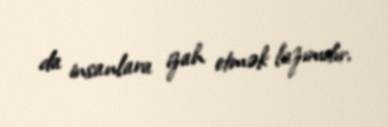
da insanlara izah etmək lazımdır.